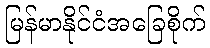
မြန်မာနိုင်ငံအခြေစိုက်